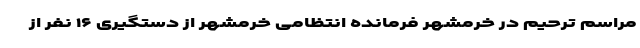
مراسم ترحیم در خرمشهر فرمانده انتظامی خرمشهر از دستگیری ۱۶ نفر از